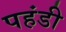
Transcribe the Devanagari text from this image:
पहंडी